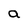
Character: a